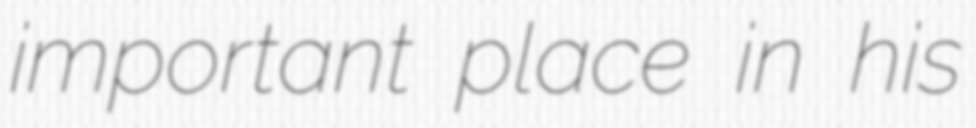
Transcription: important place in his